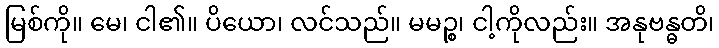
မြစ်ကို။ မေ၊ ငါ၏။ ပိယော၊ လင်သည်။ မမဉ္စ၊ ငါ့ကိုလည်း။ အနုဗန္ဓတိ၊